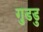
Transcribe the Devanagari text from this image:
गुडडु